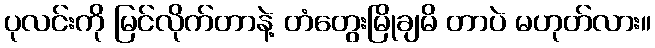
ပုလင်းကို မြင်လိုက်တာနဲ့ တံတွေးမြိုချမိ တာပဲ မဟုတ်လား။